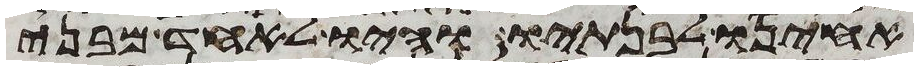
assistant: אחינו לבנתיו והיו לאחד מבני